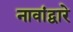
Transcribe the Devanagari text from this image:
नावांद्वारे